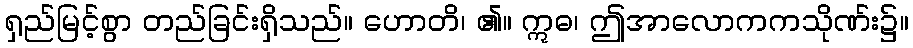
ရှည်မြင့်စွာ တည်ခြင်းရှိသည်။ ဟောတိ၊ ၏။ ဣဓ၊ ဤအာလောကကသိုဏ်း၌။